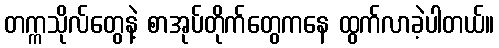
တက္ကသိုလ်တွေနဲ့ စာအုပ်တိုက်တွေကနေ ထွက်လာခဲ့ပါတယ်။